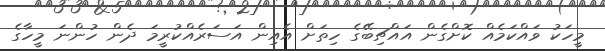
މީހަކު ވައްކަމެއް ކޮށްގެން އައްޗިބޭގެ ހިތަށް އެއިން އަސަރެއްކުރީމަ ދެން ހުންނަ މީހާގެ